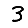
Digit: 3